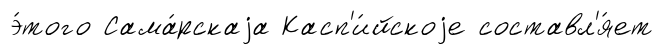
э́того Сама́рскаjа Касп'и́йскоjе составл'я́ет